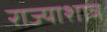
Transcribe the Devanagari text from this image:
राज्याशात्र